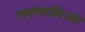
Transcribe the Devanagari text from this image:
तपश्चर्येमध्ये